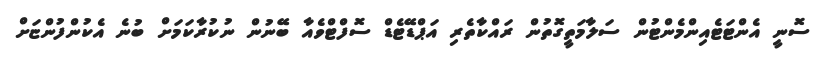
ސޮނީ އެންޓަޓެއިންމެންޓުން ސަލާމަތީގޮތުން ރައްކާތެރި އަޕްޑޭޓެޑް ސޮފްޓްވެއާ ބޭނުން ނުކުރާކަމަށް ބުނެ އެކުންފުންޏަށް